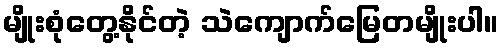
မျိုးစုံတွေ့နိုင်တဲ့ သဲကျောက်မြေတမျိုးပါ။